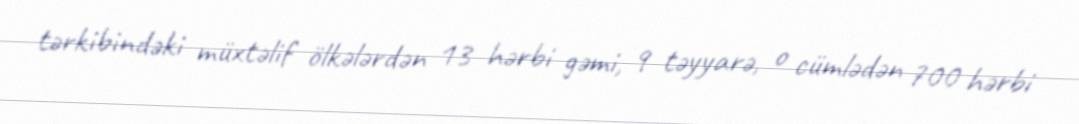
tərkibindəki müxtəlif ölkələrdən 13 hərbi gəmi, 9 təyyarə, o cümlədən 700 hərbi